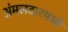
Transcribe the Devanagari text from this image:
अंमलदारमध्ये